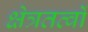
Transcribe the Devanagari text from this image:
क्षेत्रतत्वों